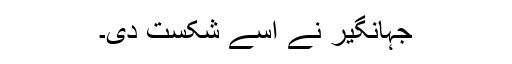
جہانگیر نے اسے شکست دی۔